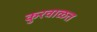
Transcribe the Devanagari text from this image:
कुरवाळत